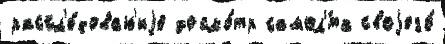
рассл'е́дован'иjе досмо́тр самол'́та своjего́